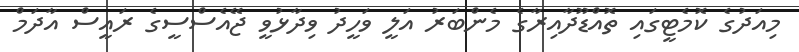
މިއަދުގެ ކޮމެޓީގައި ތޮއްޑޫދާއިރާގެ މެންބަރު އަލީ ވަހީދު ވިދާޅުވީ ޖޭއެސްސީގެ ރައީސް އާދަމް